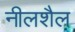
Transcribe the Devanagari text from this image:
नीलशैल